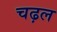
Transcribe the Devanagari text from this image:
चढ़ल